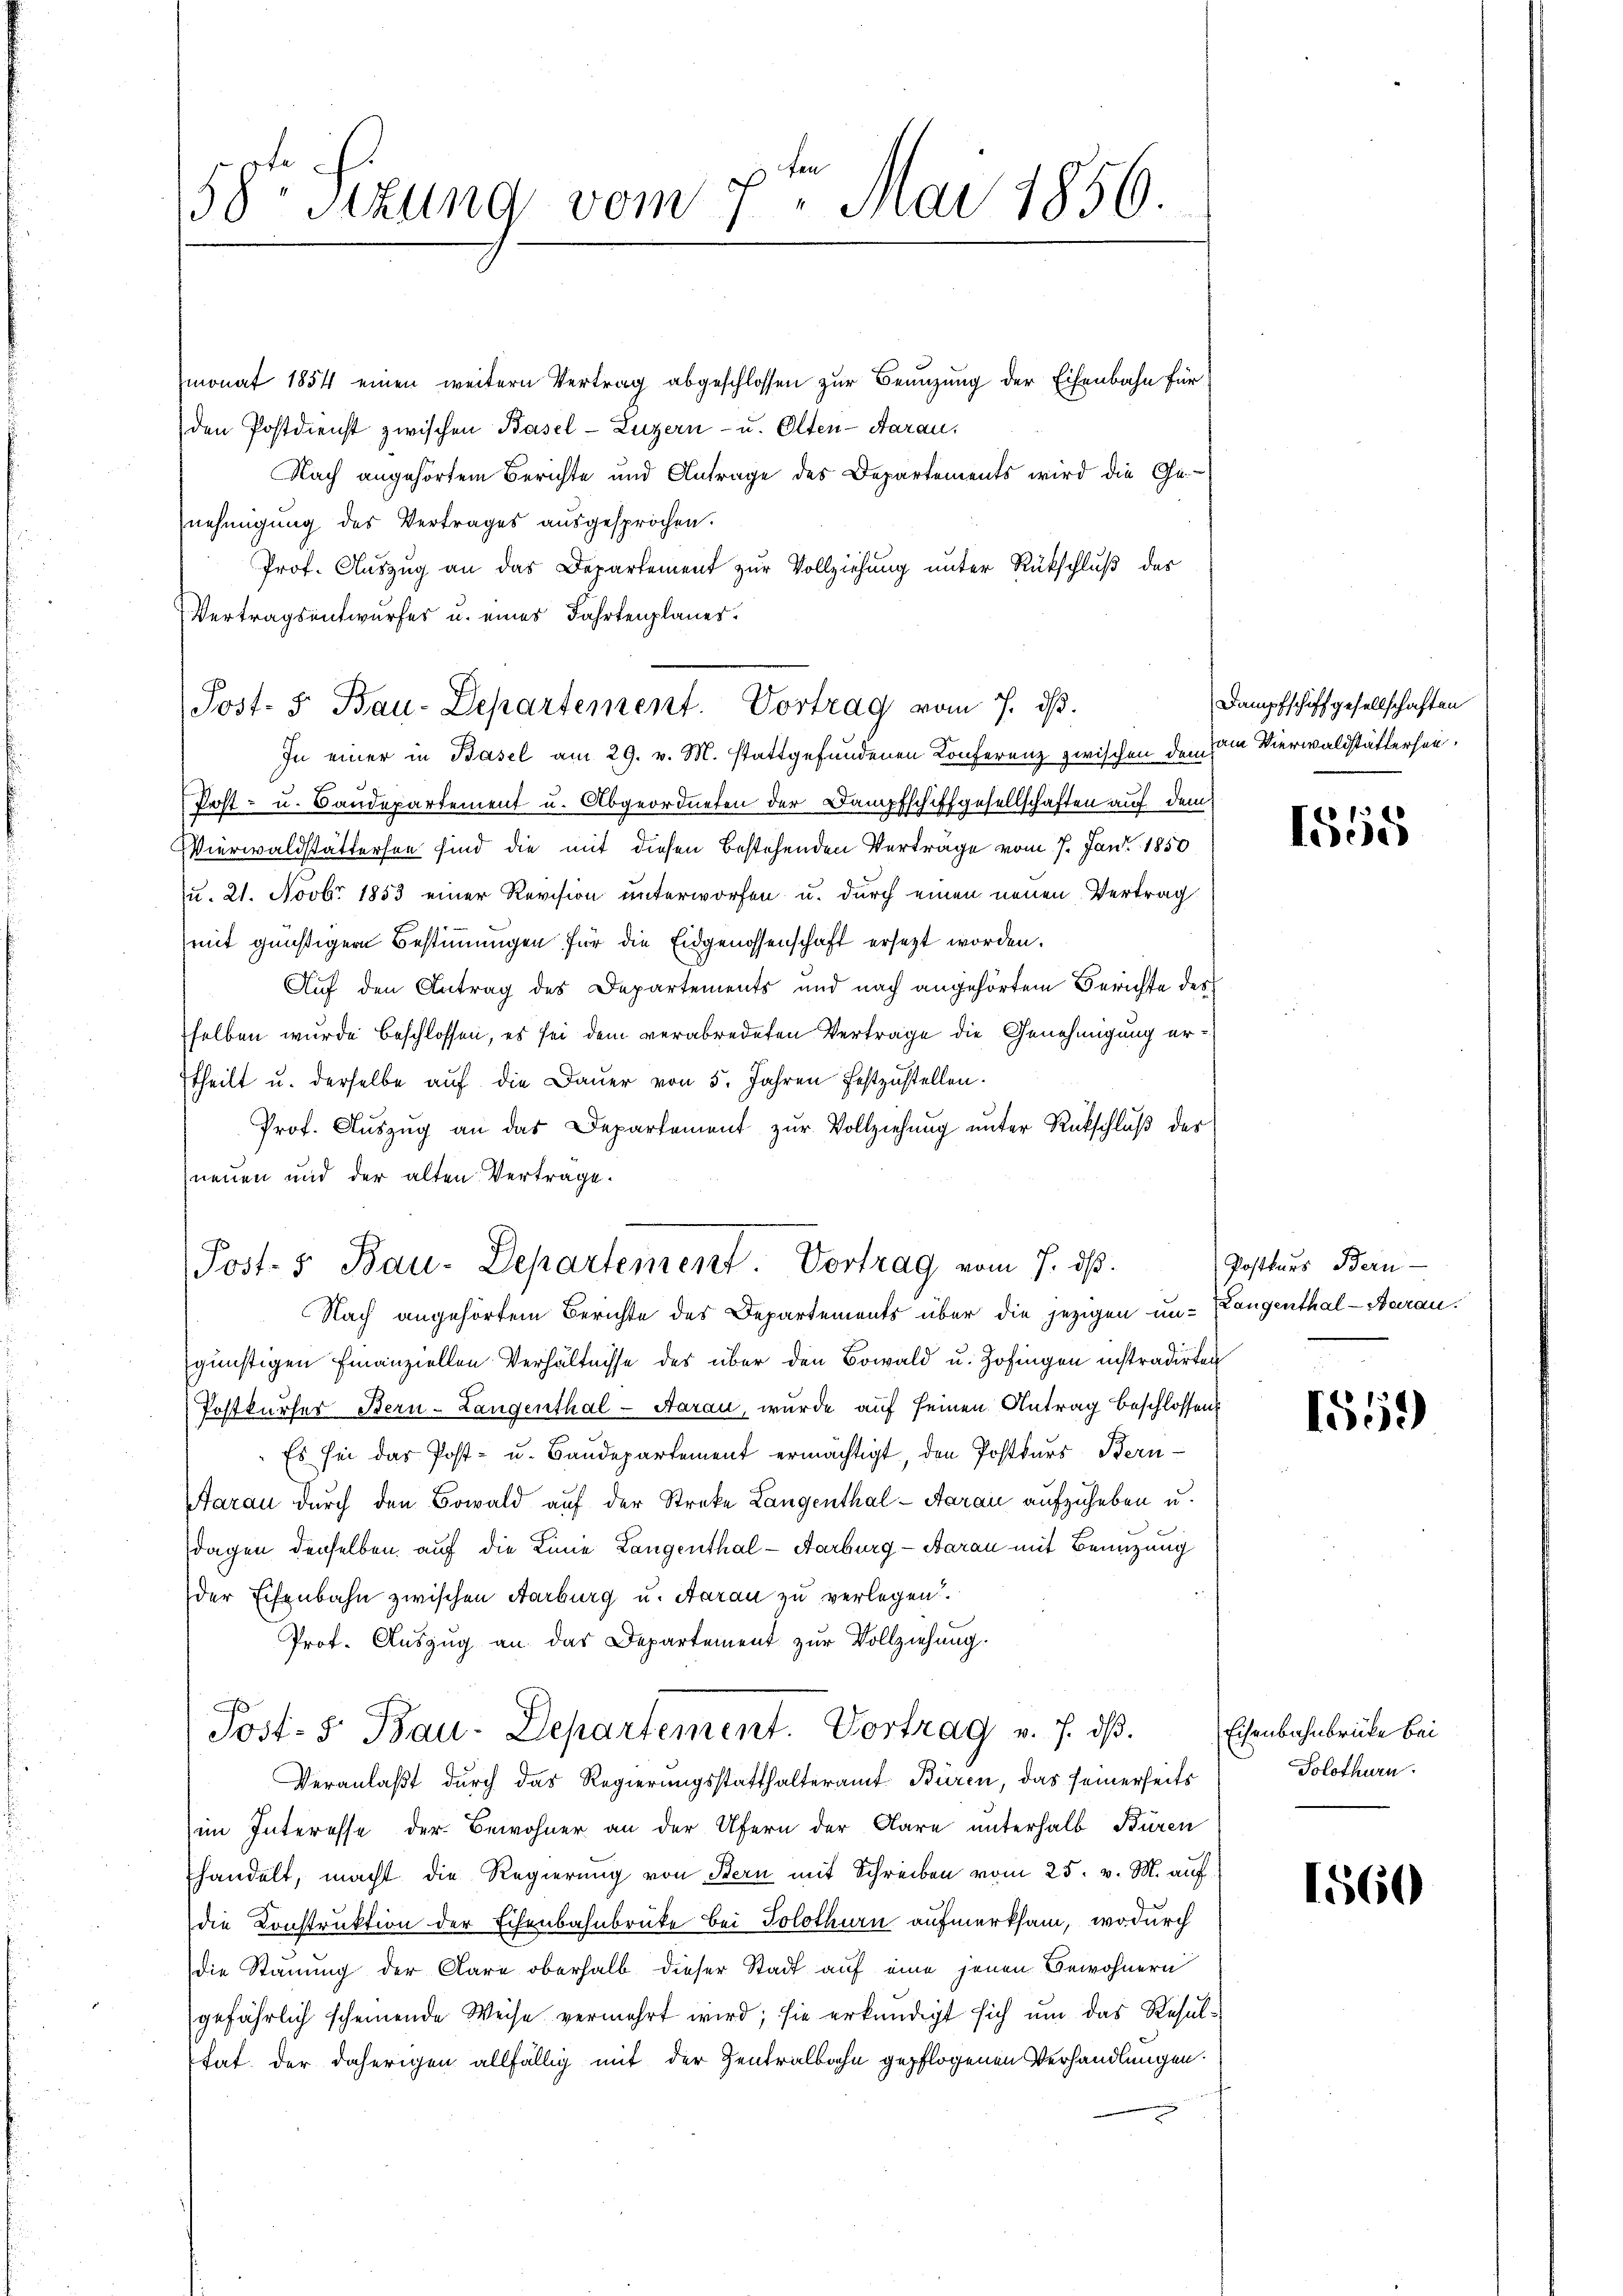
58te Sitzung vom 7. Mai 1856.

monat 1854 einen weitern Vertrag abgeschlossen zur Benuzung der Eisenbahn für
den Postdienst zwischen Basel-Luzern - u. Olten-Aarau
Nach angehörtem Berichte und Antrage des Departements wird die Ge-
nehmigung des Vertrages ausgesprochen.
Prof. Auszug an das Departement zur Vollziehung unter Rückschluß des
Vertragsentwurfes u. eines Fahrtenplaner.
In einer in Basel am 29. v. M. stattgefundenen Konferenz zwischen dem vom Vierwaldstättersei¬
Post- u. Baudepartement u. Abgeordneten der Dampfschiffgesellschaften auf dem
Vierwaldstättersen sind die mit diesen bestehenden Vertrage vom 7. Jan. 1850
u. 21. Novbr 1853 einer Revision unterworfen u. durch einen neuen Vertrag
mit günstiger Bestimmungen für die Eidgenossenschaft ersezt worden.
Auf den Antrag des Departements und nach angehörten Berichte des
selben wurde beschlossen, es sei dem verabredeten Vertrage die Genehmigung ertheilt u. derselbe auf die Dauer von 5. Jahren festzustellen.
Prof. Auszug an das Departement zur Vollziehung unter Rückschluß des
neuen und der alten Vertrage.
Post- & Bau-Departement. Vortrag vom 7. ds.
Nach angehörtem Berichte des Departements über die jezigen un- Pangenthal - Aarau
günstigen Finanziellen Verhältnisse des über den Bowald u. Zofingen instradirten
Postkurser Bern-Langenthal - Aarau, wurde auf seinen Antrag beschlossen:
Es sei das Post- u. Baudepartement ermächtigt, den Postkurs Bern-
Aarau durch den Bowald auf der Streke Langenthal - Aarau aufzuheben u.
dagen denselben auf die Linie Langenthal - Aarburg - Baran mit Benuzung
der Eisenbahn zwischen Aarburg u. Aarau zu verlegen.
Prof. Auszug an das Departement zur Vollziehung.
Post. S. Bau-Departement. Vortrag v. 7. ds.
Veranlaßt durch das Regierungsstatthalteramt Büren, das seinerseits
im Interesse der Bewohner an der Ufern der Klare unterhalb Büren
handelt, macht die Regierung von Stern mit Schreiben vom 25. v. M. auf
die Konstruktion der Eisenbahnbrüke bei Solothurn aufmerksam, wodurch
die Stauung der Aare oberhalb dieser Stadt auf eine jenen Gewohnern
gefährlich scheinende Weise vermehrt wird; sie erkundigt sich um das Resulhat der daherigen allfällig mit der Zentralbahn gepflogenen Verhandlungen.

Post- 5. Bau-Departement. Vortrag vom 7. ds.

Dampfschiffgesellschaften

f
lo

Postbars Bern

1559

Eisenbahnbrücke bei
Solothurn.

1560